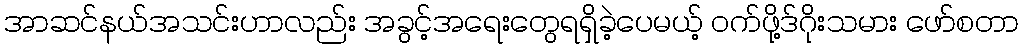
အာဆင်နယ်အသင်းဟာလည်း အခွင့်အရေးတွေရရှိခဲ့ပေမယ့် ဝက်ဖို့ဒ်ဂိုးသမား ဖော်စတာ